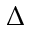
\Delta